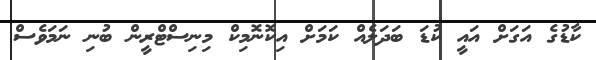
ކާޑުގެ އަގަށް އައީ ކުޑަ ބަދަލެއް ކަމަށް އިކޮނޮމިކް މިނިސްޓްރީން ބުނި ނަމަވެސް